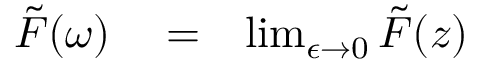
\begin{array} { r l r } { \tilde { F } ( \omega ) } & { { } = } & { \operatorname* { l i m } _ { \epsilon \to 0 } \tilde { F } ( z ) } \end{array}